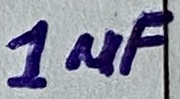
Text: 1µF